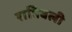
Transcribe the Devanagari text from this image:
रात्रिबली